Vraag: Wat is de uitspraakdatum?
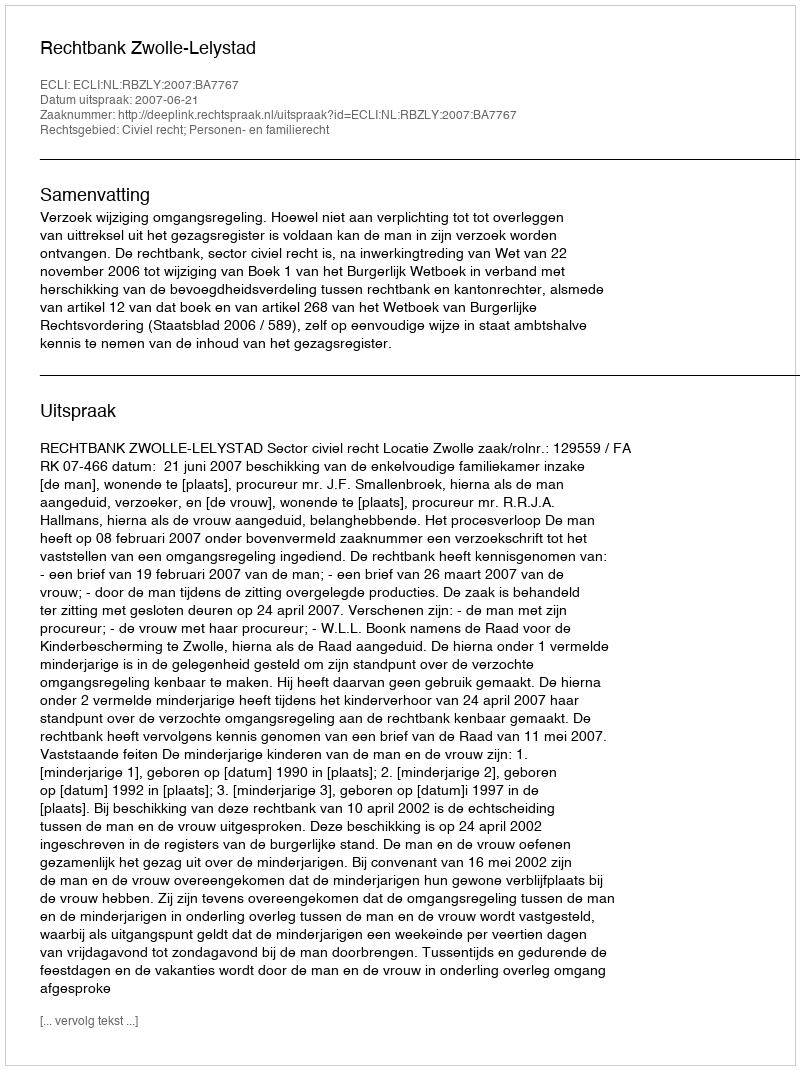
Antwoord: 2007-06-21